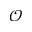
\scriptscriptstyle \mathcal { O }